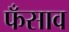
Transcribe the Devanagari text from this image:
फँसाव